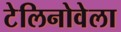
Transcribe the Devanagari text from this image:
टेलिनोवेला